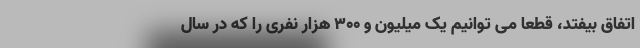
اتفاق بیفتد، قطعا می توانیم یک میلیون و ۳۰۰ هزار نفری را که در سال